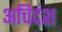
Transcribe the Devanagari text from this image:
अचिदंश